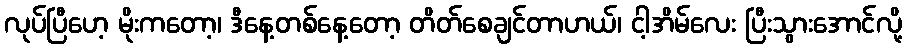
လုပ်ပြီဟေ့ မိုးကတော့၊ ဒီနေ့တစ်နေ့တော့ တိတ်စေချင်တာဟယ်၊ ငါ့အိမ်လေး ပြီးသွားအောင်လို့